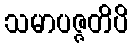
သမာပဇ္ဇတိပိ